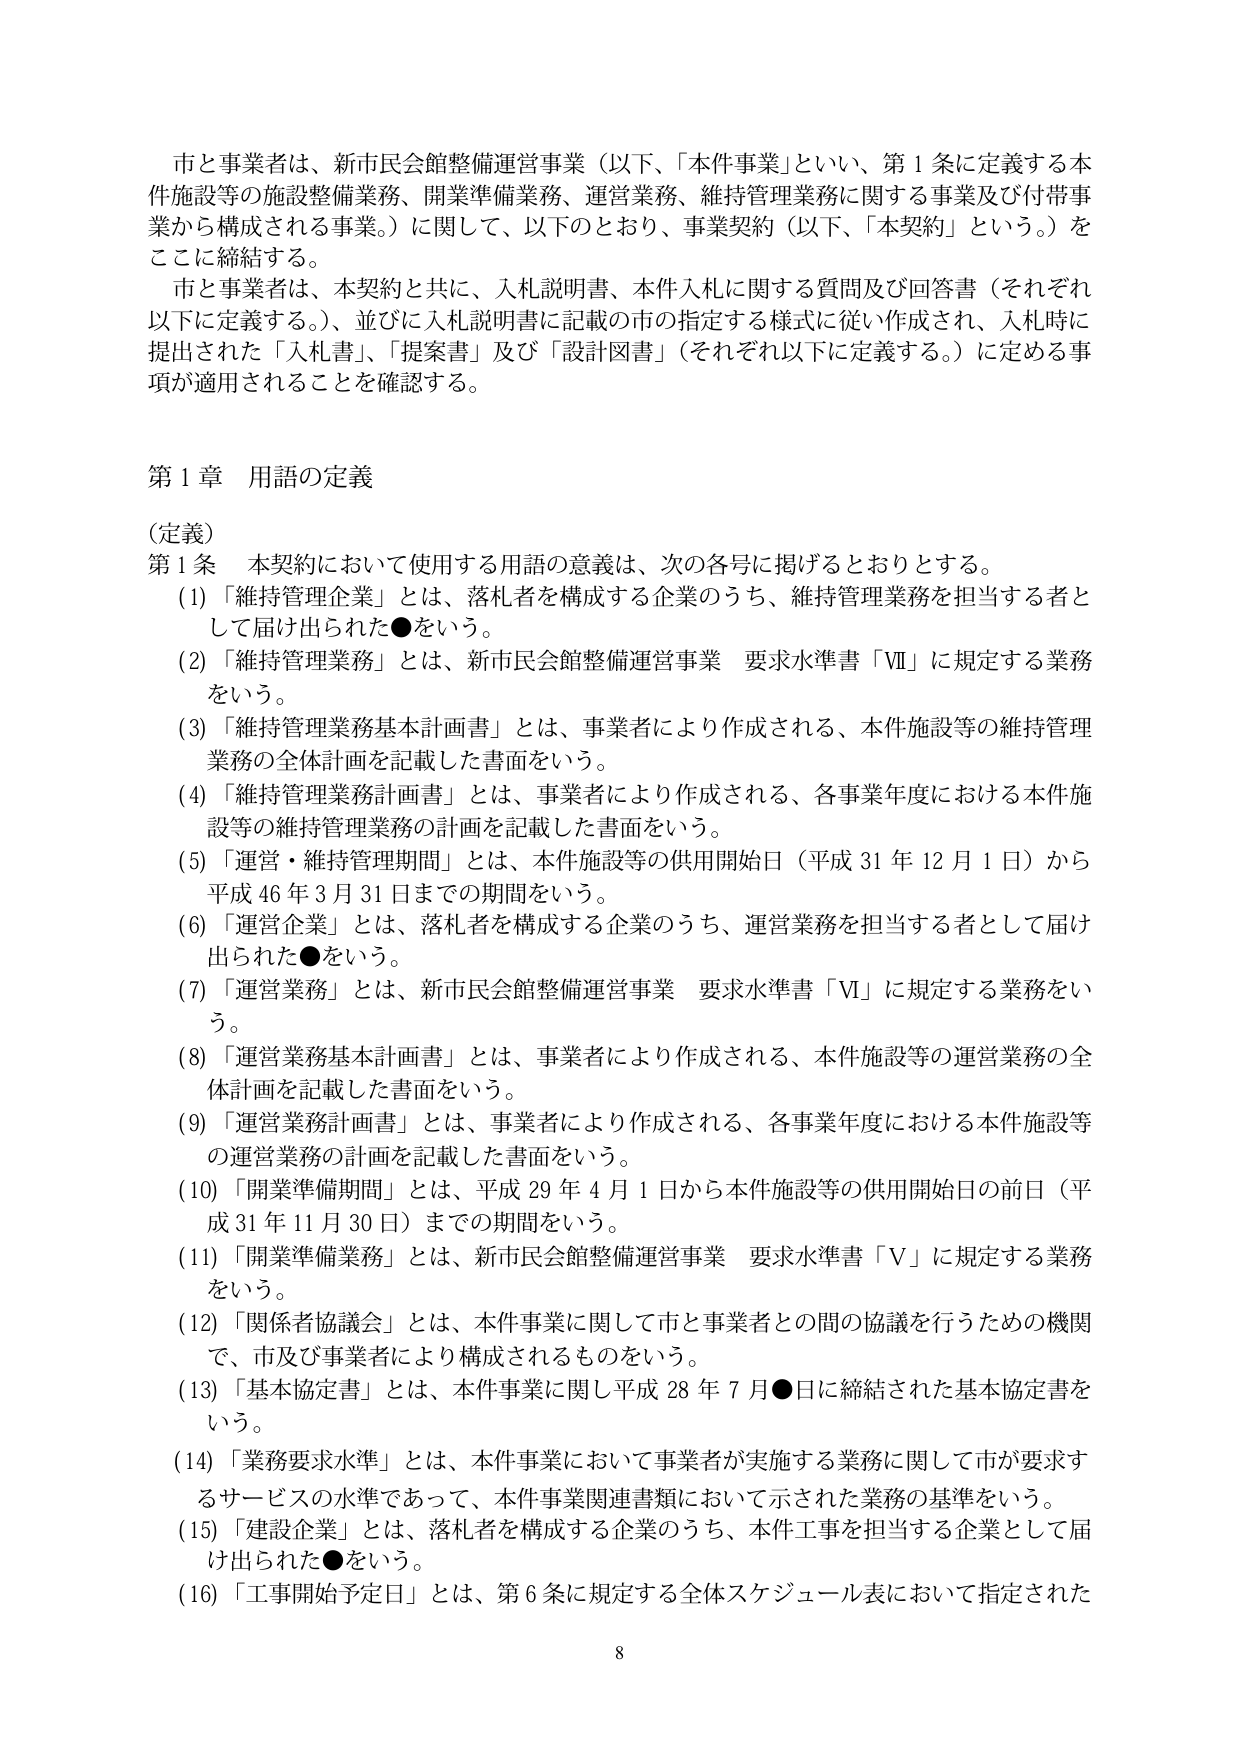
市と事業者は、新市民会館整備運営事業（以下、「本件事業」といい、第1条に定義する本件施設等の施設整備業務、開業準備業務、運営業務、維持管理業務に関する事業及び付帯事業から構成される事業。）に関して、以下のとおり、事業契約（以下、「本契約」という。）をここに締結する。

市と事業者は、本契約と共に、入札説明書、本件入札に関する質問及び回答書（それぞれ以下に定義する。）、並びに入札説明書に記載の市の指定する様式に従い作成され、入札時に提出された「入札書」、「提案書」及び「設計図書」（それぞれ以下に定義する。）に定める事項が適用されることを確認する。

第1章 用語の定義

（定義）
第1条 本契約において使用する用語の意義は、次の各号に掲げるとおりとする。

(1) 「維持管理企業」とは、落札者を構成する企業のうち、維持管理業務を担当する者として届け出られた●をいう。

(2) 「維持管理業務」とは、新市民会館整備運営事業 要求水準書「Ⅶ」に規定する業務をいう。

(3) 「維持管理業務基本計画書」とは、事業者により作成される、本件施設等の維持管理業務の全体計画を記載した書面をいう。

(4) 「維持管理業務計画書」とは、事業者により作成される、各事業年度における本件施設等の維持管理業務の計画を記載した書面をいう。

(5) 「運営・維持管理期間」とは、本件施設等の供用開始日（平成31年12月1日）から平成46年3月31日までの期間をいう。

(6) 「運営企業」とは、落札者を構成する企業のうち、運営業務を担当する者として届け出られた●をいう。

(7) 「運営業務」とは、新市民会館整備運営事業 要求水準書「Ⅵ」に規定する業務をいう。

(8) 「運営業務基本計画書」とは、事業者により作成される、本件施設等の運営業務の全体計画を記載した書面をいう。

(9) 「運営業務計画書」とは、事業者により作成される、各事業年度における本件施設等の運営業務の計画を記載した書面をいう。

(10) 「開業準備期間」とは、平成29年4月1日から本件施設等の供用開始日の前日（平成31年11月30日）までの期間をいう。

(11) 「開業準備業務」とは、新市民会館整備運営事業 要求水準書「Ⅴ」に規定する業務をいう。

(12) 「関係者協議会」とは、本件事業に関して市と事業者との間の協議を行うための機関で、市及び事業者により構成されるものをいう。

(13) 「基本協定書」とは、本件事業に関し平成28年7月●日に締結された基本協定書をいう。

(14) 「業務要求水準」とは、本件事業において事業者が実施する業務に関して市が要求するサービスの水準であって、本件事業関連書類において示された業務の基準をいう。

(15) 「建設企業」とは、落札者を構成する企業のうち、本件工事を担当する企業として届け出られた●をいう。

(16) 「工事開始予定日」とは、第6条に規定する全体スケジュール表において指定された

8